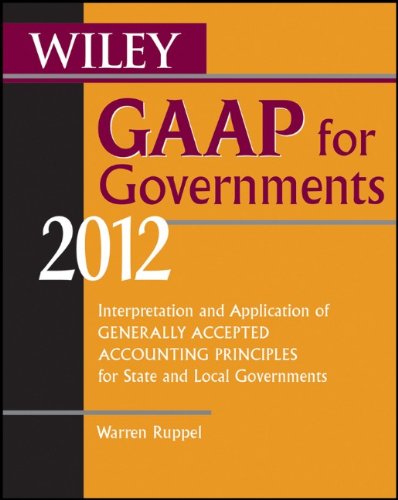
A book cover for Wiley GAAP for Governments 2012: Interpretation and Application of Generally Accepted Accounting Principles for State and Local Governments; Warren Ruppel; Business & Money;